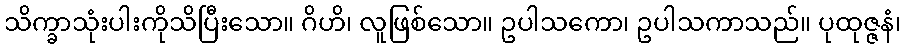
သိက္ခာသုံးပါးကိုသိပြီးသော။ ဂိဟိ၊ လူဖြစ်သော။ ဥပါသကော၊ ဥပါသကာသည်။ ပုထုဇ္ဇနံ၊